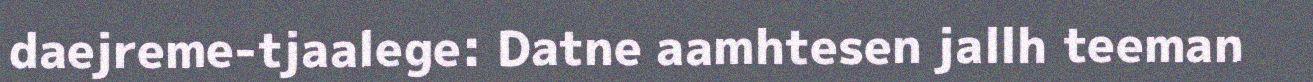
daejreme-tjaalege: Datne aamhtesen jallh teeman